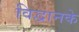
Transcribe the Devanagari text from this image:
विद्वानके